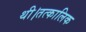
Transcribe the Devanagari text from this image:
थी।तत्कालिक